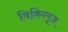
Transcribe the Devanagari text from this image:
विकिन्यूज़